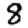
Digit: 8